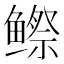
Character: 𬶭